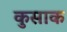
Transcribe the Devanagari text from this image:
कुसाक